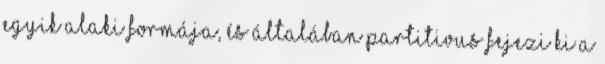
egyik alaki formája, és általában partitivus fejezi ki a